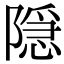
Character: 隠